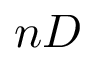
n D